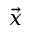
\vec { x }